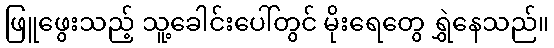
ဖြူဖွေးသည့် သူ့ခေါင်းပေါ်တွင် မိုးရေတွေ ရွှဲနေသည်။